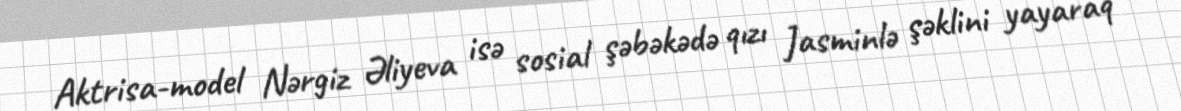
Aktrisa-model Nərgiz Əliyeva isə sosial şəbəkədə qızı Jasminlə şəklini yayaraq